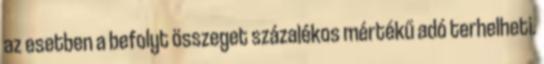
az esetben a befolyt összeget százalékos mértékű adó terhelheti.